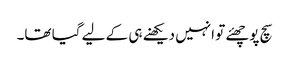
سچ پوچھئے تو انہیں دیکھنے ہی کے لیے گیا تھا۔